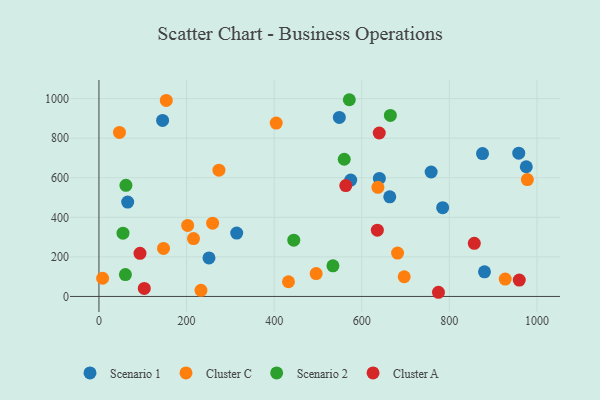
{"axis": {"x": "Study Hours", "y": "Profit"}, "legend": ["Cluster A", "Cluster C", "Scenario 1", "Scenario 2"], "data": [{"x": "640.2", "y": 596.4, "type": "Scenario 1"}, {"x": "975.6", "y": 655.5, "type": "Scenario 1"}, {"x": "548.8", "y": 904.8, "type": "Scenario 1"}, {"x": "314.5", "y": 320.5, "type": "Scenario 1"}, {"x": "784.7", "y": 448.9, "type": "Scenario 1"}, {"x": "758.4", "y": 629.1, "type": "Scenario 1"}, {"x": "65.6", "y": 477.0, "type": "Scenario 1"}, {"x": "880.2", "y": 124.3, "type": "Scenario 1"}, {"x": "875.7", "y": 722.2, "type": "Scenario 1"}, {"x": "663.9", "y": 503.5, "type": "Scenario 1"}, {"x": "958.4", "y": 724.4, "type": "Scenario 1"}, {"x": "251.2", "y": 194.9, "type": "Scenario 1"}, {"x": "145.3", "y": 890.0, "type": "Scenario 1"}, {"x": "574.8", "y": 588.0, "type": "Scenario 1"}, {"x": "432.7", "y": 74.2, "type": "Cluster C"}, {"x": "696.9", "y": 99.7, "type": "Cluster C"}, {"x": "259.5", "y": 370.4, "type": "Cluster C"}, {"x": "215.9", "y": 292.4, "type": "Cluster C"}, {"x": "232.9", "y": 31.2, "type": "Cluster C"}, {"x": "46.8", "y": 828.9, "type": "Cluster C"}, {"x": "978.1", "y": 591.0, "type": "Cluster C"}, {"x": "681.7", "y": 219.1, "type": "Cluster C"}, {"x": "147.4", "y": 242.5, "type": "Cluster C"}, {"x": "404.7", "y": 876.2, "type": "Cluster C"}, {"x": "153.7", "y": 990.9, "type": "Cluster C"}, {"x": "495.9", "y": 115.6, "type": "Cluster C"}, {"x": "202.5", "y": 358.8, "type": "Cluster C"}, {"x": "927.5", "y": 87.6, "type": "Cluster C"}, {"x": "8.4", "y": 91.9, "type": "Cluster C"}, {"x": "273.9", "y": 638.4, "type": "Cluster C"}, {"x": "636.8", "y": 551.5, "type": "Cluster C"}, {"x": "444.8", "y": 284.6, "type": "Scenario 2"}, {"x": "60.4", "y": 110.6, "type": "Scenario 2"}, {"x": "534.2", "y": 154.6, "type": "Scenario 2"}, {"x": "571.6", "y": 994.4, "type": "Scenario 2"}, {"x": "54.9", "y": 319.7, "type": "Scenario 2"}, {"x": "61.6", "y": 561.5, "type": "Scenario 2"}, {"x": "665.3", "y": 915.1, "type": "Scenario 2"}, {"x": "560.0", "y": 693.4, "type": "Scenario 2"}, {"x": "103.5", "y": 40.4, "type": "Cluster A"}, {"x": "93.7", "y": 217.9, "type": "Cluster A"}, {"x": "563.5", "y": 560.6, "type": "Cluster A"}, {"x": "856.9", "y": 268.6, "type": "Cluster A"}, {"x": "775.1", "y": 21.1, "type": "Cluster A"}, {"x": "635.6", "y": 335.0, "type": "Cluster A"}, {"x": "639.9", "y": 826.1, "type": "Cluster A"}, {"x": "959.6", "y": 82.6, "type": "Cluster A"}]}